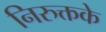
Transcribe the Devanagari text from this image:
निरुक्तके